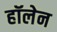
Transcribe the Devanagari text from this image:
हॉलेन